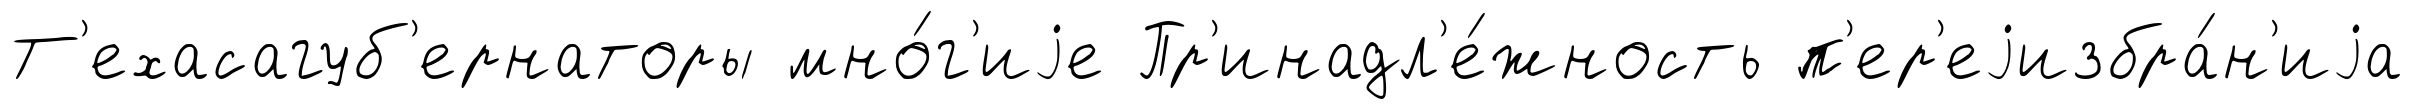
Т'ехасагуб'ернаторы мно́г'иjе Пр'инадл'е́жность п'ер'еjизбра́н'иjа